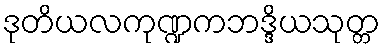
ဒုတိယလကုဏ္ဍကဘဒ္ဒိယသုတ္တ